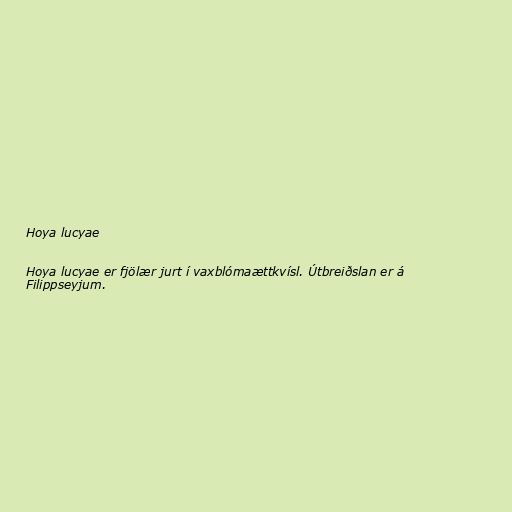
Hoya lucyae

Hoya lucyae er fjölær jurt í vaxblómaættkvísl. Útbreiðslan er á
Filippseyjum.